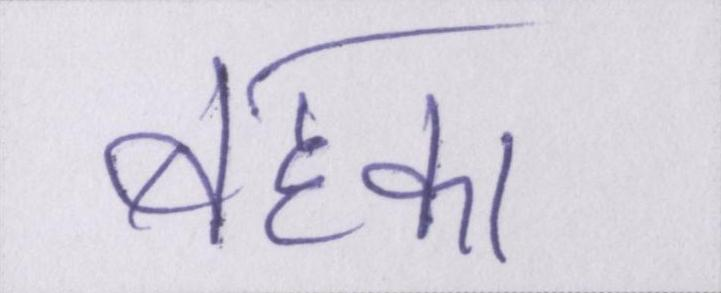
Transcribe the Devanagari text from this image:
बहका